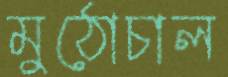
মুঠোচাল